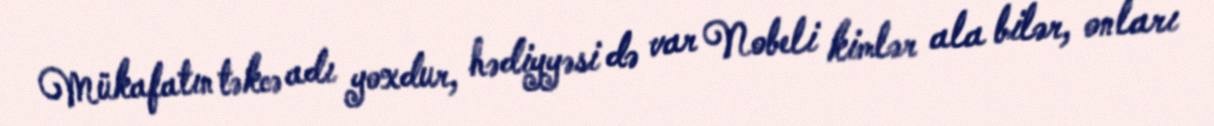
Mükafatın təkcə adı yoxdur, hədiyyəsi də var Nobeli kimlər ala bilər, onları